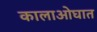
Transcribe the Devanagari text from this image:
कालाओघात